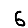
Digit: 6